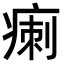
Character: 𤷫